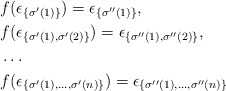
\begin{align*}& f(\epsilon_{\{\sigma'(1)\}}) = \epsilon_{\{\sigma''(1)\}},\\& f(\epsilon_{\{\sigma'(1),\sigma'(2)\}}) = \epsilon_{\{\sigma''(1),\sigma''(2)\}},\\&\dots \\& f(\epsilon_{\{\sigma'(1),\dots,\sigma'(n)\}}) = \epsilon_{\{\sigma''(1),\dots,\sigma''(n)\}}\end{align*}